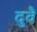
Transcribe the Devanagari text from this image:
दुवै